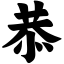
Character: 恭